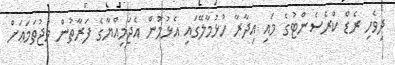
ދިވެހި ރެޑް ކްރެސެންޓުގެ މައި އިދާރާ ހުޅުމާލޭގައި އެޅުމުން އެޖަމިއްޔާގެ ފަރާތުން މުޖުތަމަޢަށް